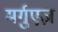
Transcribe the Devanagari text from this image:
मर्गुएज़